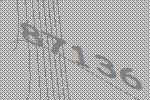
87136